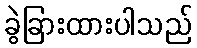
ခွဲခြားထားပါသည်